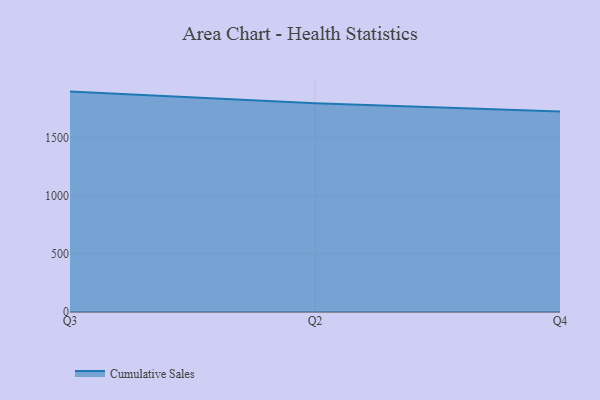
{"axis": {"x": "Quarter", "y": "Latency (ms)"}, "legend": ["Cumulative Sales"], "data": [{"x": "Q3", "y": 1895.0, "type": "Cumulative Sales"}, {"x": "Q2", "y": 1794.4, "type": "Cumulative Sales"}, {"x": "Q4", "y": 1723.0, "type": "Cumulative Sales"}]}